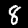
Label: 8